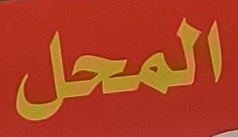
المحل